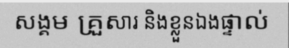
សង្គម គ្រួសារ និងខ្លួនឯងផ្ទាល់